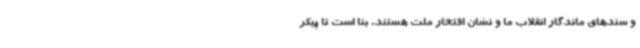
و سندهای ماندگار انقلاب ما و نشان افتخار ملت هستند. بنا است تا پیکر